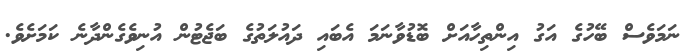
ނަމަވެސް ބޭހުގެ އަގު އިންތިހާއަށް ބޮޑުވާނަމަ އެބައި ދައުލަތުގެ ބަޖެޓުން އުނިވެގެންދާނެ ކަމަށެވެ.